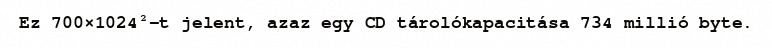
Ez 700×1024²-t jelent, azaz egy CD tárolókapacitása 734 millió byte.